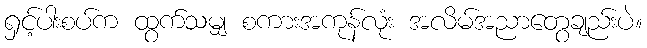
ရှင့်ပါးစပ်က ထွက်သမျှ စကားအကုန်လုံး အလိမ်အညာတွေချည်းပဲ။